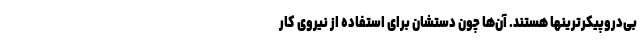
بی‌دروپیکرترینها هستند. آن‌ها چون دستشان برای استفاده از نیروی کارِ